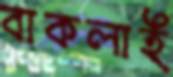
বাকলাই